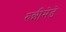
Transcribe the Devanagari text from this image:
रुन्नीमेडे